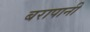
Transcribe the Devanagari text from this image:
बरापानी